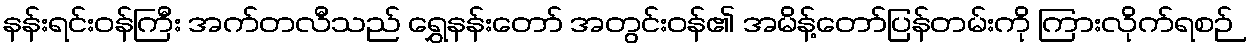
နန်းရင်းဝန်ကြီး အက်တလီသည် ရွှေနန်းတော် အတွင်းဝန်၏ အမိန့်တော်ပြန်တမ်းကို ကြားလိုက်ရစဉ်